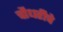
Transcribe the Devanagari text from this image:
चौधरीचे